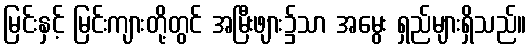
မြင်းနှင့် မြင်းကျားတို့တွင် အမြီးဖျား၌သာ အမွေး ရှည်များရှိသည်။